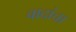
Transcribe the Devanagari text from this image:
वादांचा